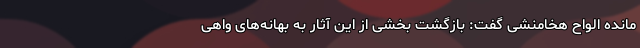
مانده الواح هخامنشی گفت: بازگشت بخشی از این آثار به بهانه‌های واهی